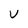
Character: U